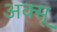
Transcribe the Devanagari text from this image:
अक्सू